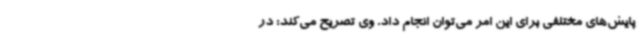
پایش‌های مختلفی برای این امر می‌توان انجام داد. وی تصریح می‌کند: در